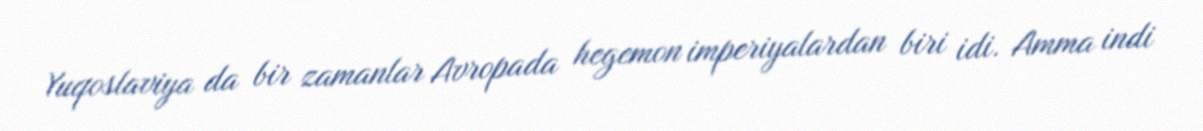
Yuqoslaviya da bir zamanlar Avropada hegemon imperiyalardan biri idi. Amma indi